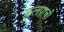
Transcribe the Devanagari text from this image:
कुलपाची